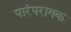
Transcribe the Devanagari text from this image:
पारंपरागक